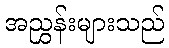
အညွှန်းများသည်